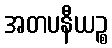
အတပနီယဉ္စ